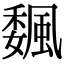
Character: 𩗯